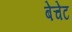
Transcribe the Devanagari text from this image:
बेचेट